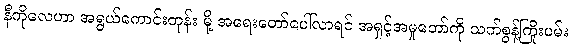
နီကိုလေဟာ အရွယ်ကောင်းတုန်း မို့ အရေးတော်ပေါ်လာရင် အရှင့်အမှုတော်ကို သက်စွန့်ကြိုးပမ်း